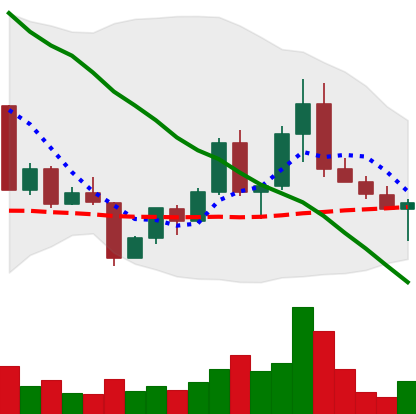
Ticker: EOS-USD
Chart end date: 2022-04-25
Forward return: -15.208%
Label: down_7plus